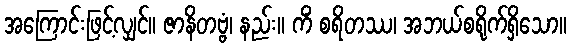
အကြောင်းဖြင့်လျှင်။ ဇာနိတဗ္ဗံ၊ နည်း။ ကိံ စရိတဿ၊ အဘယ်စရိုက်ရှိသော။